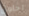
احاول